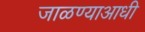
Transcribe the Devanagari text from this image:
जाळण्याआधी